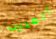
المدرب